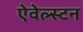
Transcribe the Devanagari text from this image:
ऐवेल्स्टन